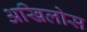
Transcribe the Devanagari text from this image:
अखिलोस